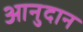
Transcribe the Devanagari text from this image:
आनुदान